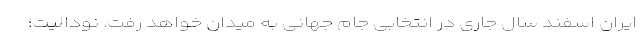
ایران اسفند سال جاری در انتخابی جام جهانی به میدان خواهد رفت. نودالیت؛